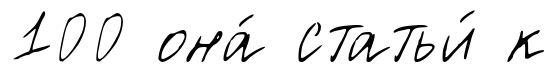
100 она́ статьи́ к